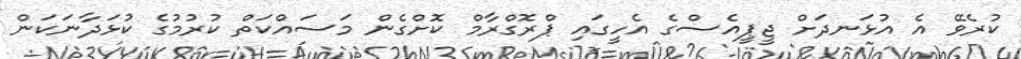
ކުރެވޭ އެ އުޅަނދަށް ޖީޕީއެސްގެ އެހީގައި ޕްރޮގްރާމް ކޮށްގެން މަސައްކަތް ކުރުމުގެ ކުޅަދާނަކަން